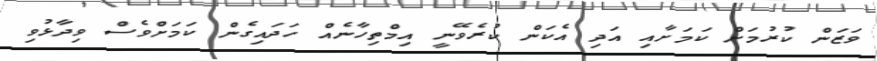
ވަޒަން ކުރުމަށް ކަމަށާއި އަދި އެކަން ކުރެވޭނީ އިމްތިހާނެއް ހަދައިގެން ކަމަަށްވެސް ވިދާޅުވި